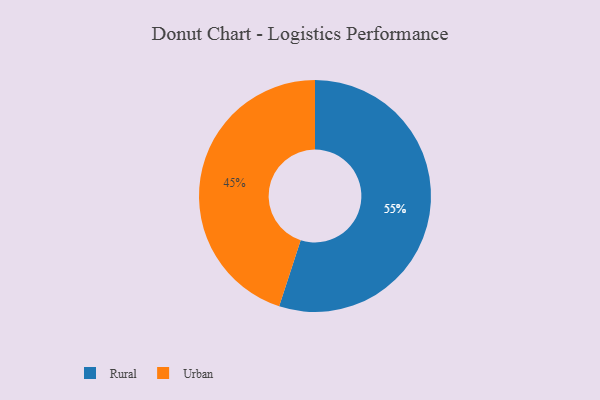
{"axis": {"x": "Category", "y": "Percentage"}, "legend": ["Rural", "Urban"], "data": [{"x": "Rural", "y": 55, "type": "Rural"}, {"x": "Urban", "y": 45, "type": "Urban"}]}